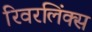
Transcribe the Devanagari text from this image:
रिवरलिंक्स